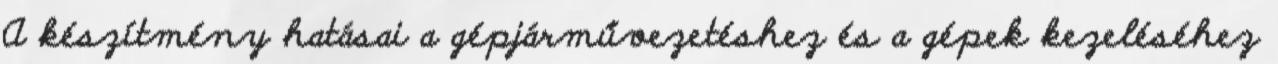
A készítmény hatásai a gépjárművezetéshez és a gépek kezeléséhez